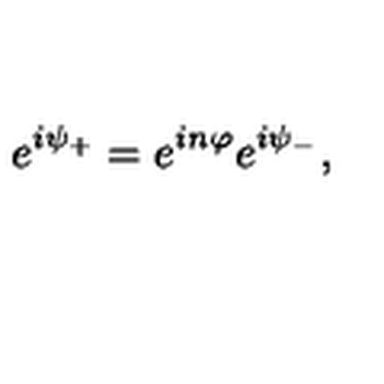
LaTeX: e ^ { i \psi _ { + } } = e ^ { i n \varphi } e ^ { i \psi _ { - } } ,